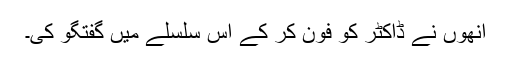
اُنھوں نے ڈاکٹر کو فون کر کے اِس سلسلے میں گفتگو کی۔